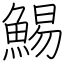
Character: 鯣